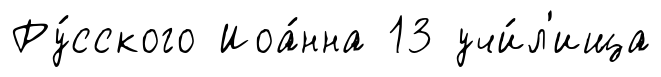
Ру́сского Иоа́нна 13 учи́л'ища